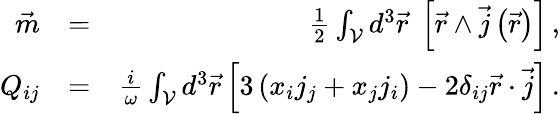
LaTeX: \begin{array}{rlr}{\vec{m}}&{=}&{\frac 12\int_{\mathcal{V}}d^{3}\vec{r}\; \left[\vec{r}\wedge\vec{j}\left(\vec{r}\right)\right]\, ,}\\ {Q_{ij}}&{=}&{\frac{i}{\omega}\int_{\mathcal{V}}d^{3}\vec{r}\left[3\left(x_{i}j_{j}+x_{j}j_{i}\right)-2\delta_{ij}\vec{r}\cdot\vec{j}\right]\, .}\end{array}